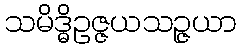
သမိဒ္ဓိဥဇ္ဇယသဉ္ဇယာ